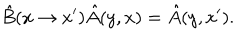
LaTeX: \hat { B } ( x \rightarrow x ^ { \prime } ) \hat { A } ( y , x ) = \hat { A } ( y , x ^ { \prime } ) .